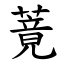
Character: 䔔